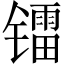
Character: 镭